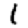
Digit: 1